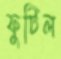
ফুটিল